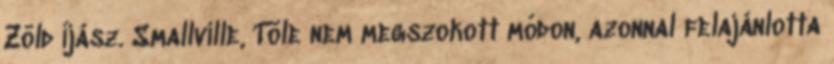
Zöld Íjász. Smallville, Tõle nem megszokott módon, azonnal felajánlotta